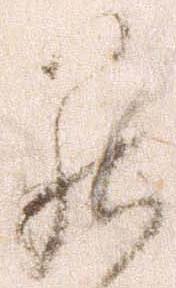
罷